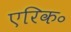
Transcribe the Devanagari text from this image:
एरिक॰